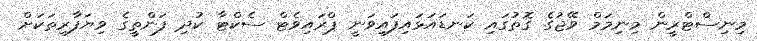
މިނިސްޓްރީން މިނިމަމް ވޭޖުގެ ގޮތުގައި ކަނޑައަޅައިފައިވަނީ ޕްރައިވެޓް ސެކްޓާ ކުދި ފަންތީގެ ވިޔަފާރިތަކަށް